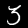
Label: 3